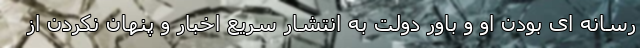
رسانه ای بودن او و باور دولت به انتشار سریع اخبار و پنهان نکردن از